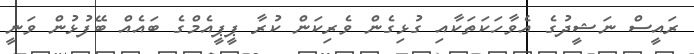
ރައީސް ނަޝީދުގެ އެވާހަކަތަކާއި ގުޅިގެން ވެރިކަން ކުރާ ޕީޕީއެމްގެ ބައެއް ބޭފުޅުން ވަނީ